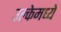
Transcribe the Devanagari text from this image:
उल्केमध्ये